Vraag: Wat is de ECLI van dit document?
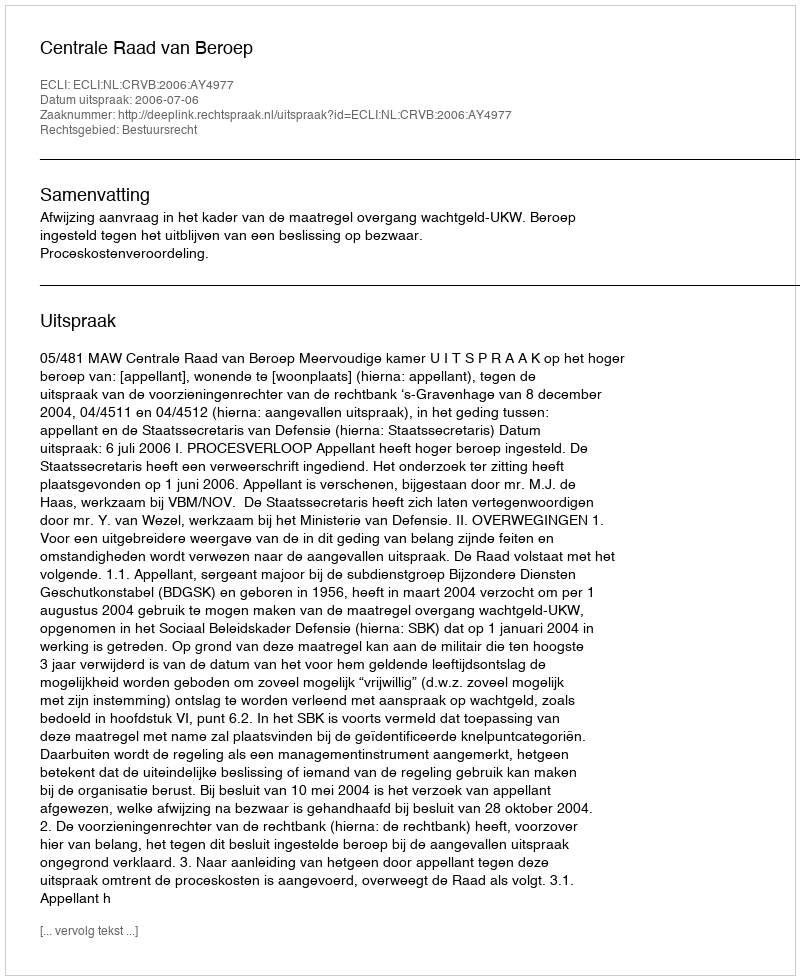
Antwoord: ECLI:NL:CRVB:2006:AY4977